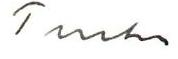
Turku